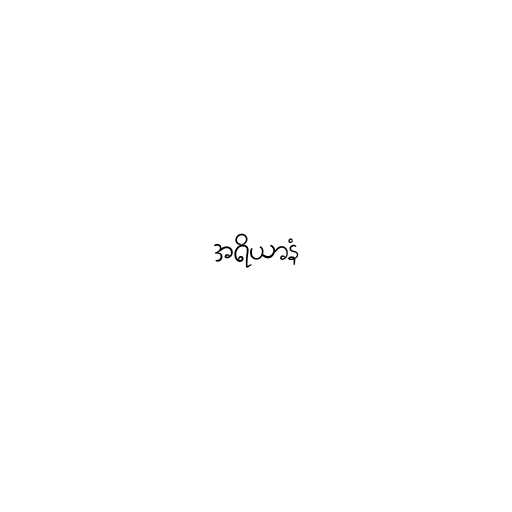
အရိယာနံ